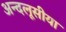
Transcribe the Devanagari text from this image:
अन्दलूसीया